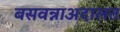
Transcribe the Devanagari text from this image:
बसवन्नाअदालत